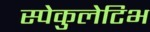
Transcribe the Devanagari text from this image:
स्पेकुलेटिभ